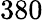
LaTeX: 380